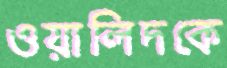
ওয়ালিদকে